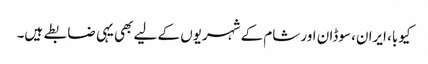
کیوبا، ایران، سوڈان اور شام کے شہریوں کے لیے بھی یہی ضابطے ہیں۔